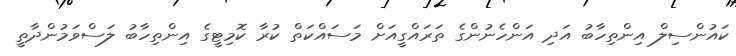
ކައުންސިލް އިންތިހާބު އަދި އަންހެނުންގެ ތަރައްގީއަށް މަސައްކަތް ކުރާ ކޮމިޓީގެ އިންތިހާބު ލަސްވަމުންދާތީ